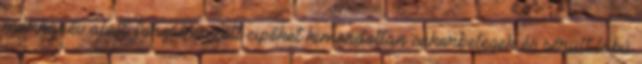
márkanév alatt forgalmazott cipőket kimondottan cukorbetegek és sérült lábú